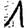
Digit: 1